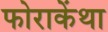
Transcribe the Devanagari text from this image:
फोराकेंथा